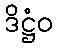
ဒိဋ္ဌံဝ